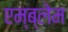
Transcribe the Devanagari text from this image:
एम्ब्लेम